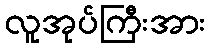
လူအုပ်ကြီးအား